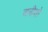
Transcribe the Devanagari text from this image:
अनीशो